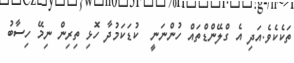
ތަކެކެވެ.އަދި އެ ގްލޭންޑްތައް ހުންނަނީ  ކުޑަކަމުދާ ހޮޅި ތިރިން ނިމޭ ހިސާބު